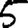
Digit: 5